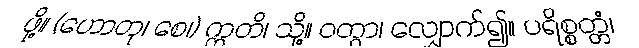
ဖို့။ (ဟောတု၊ စေ၊) ဣတိ၊ သို့။ ဝတွာ၊ လျှောက်၍။ ပရိစ္စတ္တံ၊